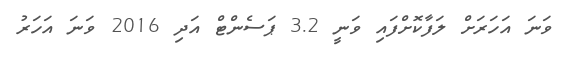
ވަނަ އަހަރަށް ލަފާކޮށްފައި ވަނީ 3.2 ޕަސެންޓް އަދި 2016 ވަނަ އަހަރު